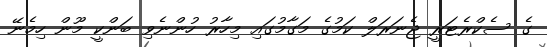
ގެ ސެކްރެޓަރީ ޖެނަރަލް ކަމުގެ މަގާމުގައި މިހާރު ހުންނެވި ބަންކީ މޫން ހިމެނޭ